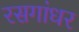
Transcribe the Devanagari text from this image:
रसगांधर